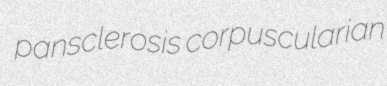
pansclerosis corpuscularian